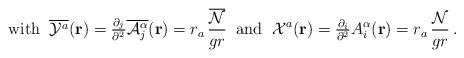
LaTeX: \begin{align*}\mbox{with}\;\;\overline{{\cal{Y}}^a}({\bf{r}})={\textstyle \frac{\partial_{j}}{\partial^{2}}\overline{{\cal A}_{j}^{\alpha}}({\bf r})}=r_{a}\,\frac{\overline{\cal{N}}}{gr}\;\;\mbox{and}\;\;{\cal{X}}^a({\bf{r}})={\textstyle\frac{\partial_i}{\partial^2}}A_i^\alpha({\bf{r}})=r_{a}\,\frac{\cal{N}}{gr}\,.\end{align*}